Sketch of the medical history of the native army of Bombay, for the year
Year: 1870
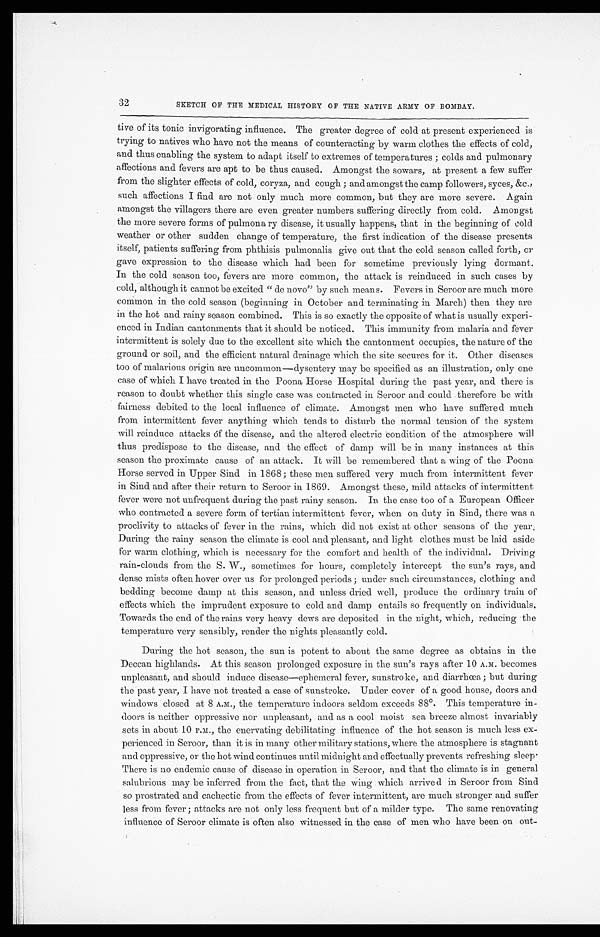
32
SKETCH OF THE MEDICAL HISTORY OF THE NATIVE ARMY OF BOMBAY.
tive of its tonic invigorating influence. The greater degree of cold at present experienced is
trying to natives who have not the means of counteracting by warm clothes the effects of cold,
and thus enabling the system to adapt itself to extremes of temperatures ; colds and pulmonary
affections and fevers are apt to be thus caused. Amongst the sowars, at present a few suffer
from the slighter effects of cold, coryza, and cough ; and amongst the camp followers, syces, &c.,
such affections I find are not only much more common, but they are more severe. Again
amongst the villagers there are even greater numbers suffering directly from cold. Amongst
the more severe forms of pulmonary disease, it usually happens, that in the beginning of cold
weather or other sudden change of temperature, the first indication of the disease presents
itself, patients suffering from phthisis pulmonalis give out that the cold season called forth, or
gave expression to the disease which had been for sometime previously lying dormant.
In the cold season too, fevers are more common, the attack is reinduced in such cases by
cold, although it cannot be excited "de novo" by such means. Fevers in Seroor are much more
common in the cold season (beginning in October and terminating in March) then they are
in the hot and rainy season combined. This is so exactly the opposite of what is usually experi
-enced in Indian cantonments that it should be noticed. This immunity from malaria and fever
intermittent is solely due to the excellent site which the cantonment occupies, the nature of the
ground or soil, and the efficient natural drainage which the site secures for it. Other diseases
too of malarious origin are uncommon—dysentery may be specified as an illustration, only one
case of which I have treated in the Poona Horse Hospital during the past year, and there is
reason to doubt whether this single case was contracted in Seroor and could therefore be with
fairness debited to the local influence of climate. Amongst men who have suffered much
from intermittent fever anything which tends to disturb the normal tension of the system
will reinduce attacks óf the disease, and the altered electric condition of the atmosphere will
thus predispose to the disease, and the effect of damp will be in many instances at this
season the proximate cause of an attack. It will be remembered that a wing of the Poona
Horse served in Upper Sind in 1868; these men suffered very much from intermittent fever
in Sind and after their return to Seroor in 1869. Amongst these, mild attacks of intermittent
fever were not unfrequent during the past rainy season. In the case too of a European Officer
who contracted a severe form of tertian intermittent fever, when on duty in Sind, there was a
proclivity to attacks of fever in the rains, which did not exist at other seasons of the year.
During the rainy season the climate is cool and pleasant, and light clothes must be laid aside
for warm clothing, which is necessary for the comfort and health of the individual. Driving
rain-clouds from the S. W., sometimes for hours, completely intercept the sun's rays, and
dense mists often hover over us for prolonged periods ; under such circumstances, clothing and
bedding become damp at this season, and unless dried well, produce the ordinary train of
effects which the imprudent exposure to cold and damp entails so frequently on individuals.
Towards the end of the rains very heavy dews are deposited in the night, which, reducing the
temperature very sensibly, render the nights pleasantly cold.
During the hot season, the sun is potent to about the same degree as obtains in the
Deccan highlands. At this season prolonged exposure in the sun's rays after 10 A.M. becomes
unpleasant, and should induce disease—ephemeral fever, sunstroke, and diarrhœa; but during
the past year, I have not treated a case of sunstroke. Under cover of a good house, doors and
windows closed at 8 A.M., the temperature indoors seldom exceeds 88º. This temperature in
-doors is neither oppressive nor unpleasant, and as a cool moist sea breeze almost invariably
sets in about 10 P.M., the enervating debilitating influence of the hot season is much less ex
-perienced in Seroor, than it is in many other military stations, where the atmosphere is stagnant
and oppressive, or the hot wind continues until midnight and effectually prevents refreshing sleep.
There is no endemic cause of disease in operation in Seroor, and that the climate is in general
salubrious may be inferred from the fact, that the wing which arrived in Seroor from Sind
so prostrated and cachectic from the effects of fever intermittent, are much stronger and suffer
less from fever ; attacks are not only less frequent but of a milder type. The same renovating
influence of Seroor climate is often also witnessed in the case of men who have been on out
-